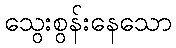
သွေးစွန်းနေသော